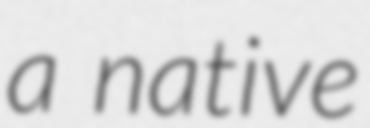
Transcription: a native